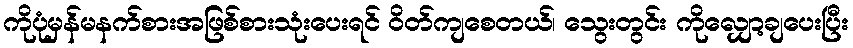
ကိုပုံမှန်မနက်စားအဖြစ်စားသုံးပေးရင် ဝိတ်ကျစေတယ်၊ သွေးတွင်း ကိုလျှော့ချပေးပြီး